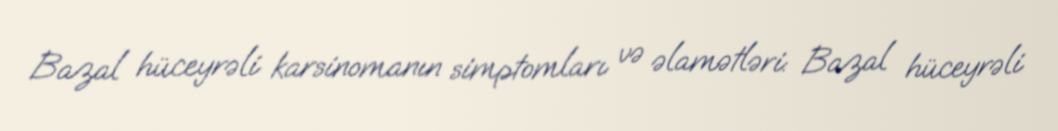
Bazal hüceyrəli karsinomanın simptomları və əlamətləri: Bazal hüceyrəli